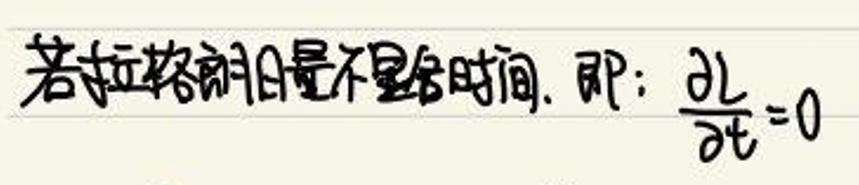
若拉格朗日不显含时间，即：\(\frac{\partial L}{\partial t}=0\)